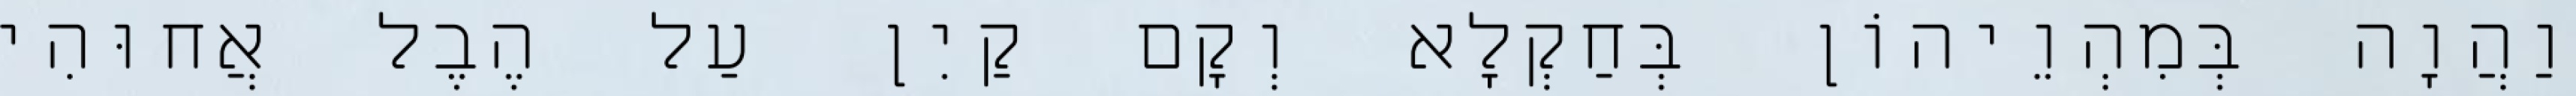
וַהֲוָה בְּמִהְוֵיהוֹן בְּחַקְלָא וְקָם קַיִן עַל הֶבֶל אֲחוּהִי